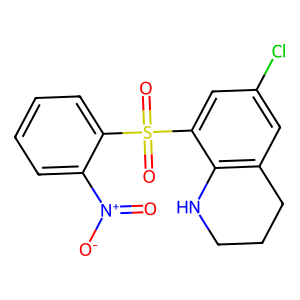
SMILES: O=[N+]([O-])c1ccccc1S(=O)(=O)c1cc(Cl)cc2c1NCCC2
Inhibits HIV replication: Yes